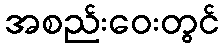
အစည်းဝေးတွင်